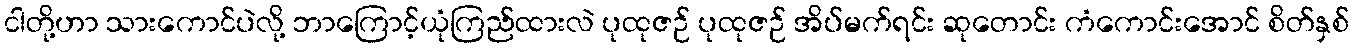
ငါတို့ဟာ သားကောင်ပဲလို့ ဘာကြောင့်ယုံကြည်ထားလဲ ပုထုဇဉ် ပုထုဇဉ် အိပ်မက်ရင်း ဆုတောင်း ကံကောင်းအောင် စိတ်နှစ်